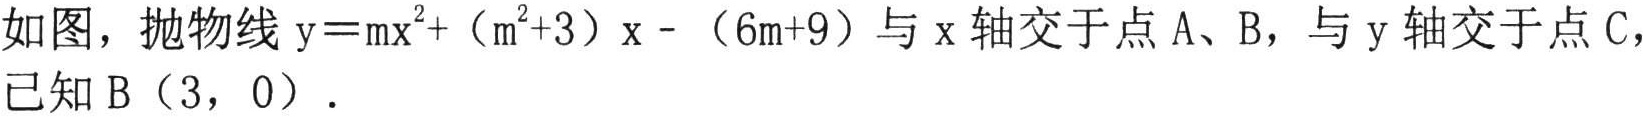
如图，抛物线$\mathrm{y}=\mathrm{m}\mathrm{x}^{2}+（\mathrm{m}^{2}+3）\mathrm{x}-（6\mathrm{m}+9）$与$\mathrm{x}$轴交于点$\mathrm{A}$、$\mathrm{B}$，与$\mathrm{y}$轴交于点$\mathrm{C}$，已知$\mathrm{B}（3，0）$．